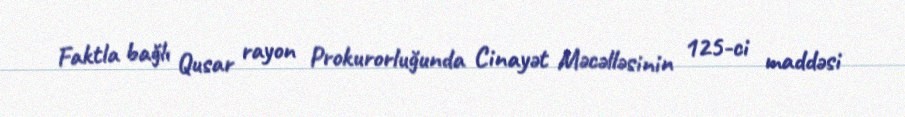
Faktla bağlı Qusar rayon Prokurorluğunda Cinayət Məcəlləsinin 125-ci maddəsi